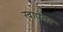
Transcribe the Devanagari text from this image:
खाद्येतर